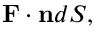
\mathbf { F } \cdot \mathbf { n } d S ,